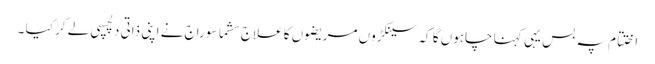
اختتام پہ بس یہی کہنا چاہوں گا کہ سینکڑوں مریضوں کا علاج سشما سوراج نے اپنی ذاتی دلچسپی لے کر کیا ۔